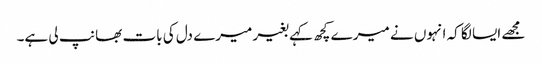
مجھے ایسا لگا کہ انہوں نے میرے کچھ کہے بغیر میرے دل کی بات بھانپ لی ہے۔